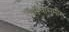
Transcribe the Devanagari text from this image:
रंगमंचासमोर